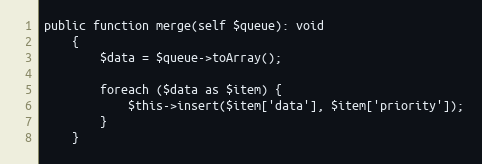
Language: PHP
public function merge(self $queue): void
    {
        $data = $queue->toArray();

        foreach ($data as $item) {
            $this->insert($item['data'], $item['priority']);
        }
    }